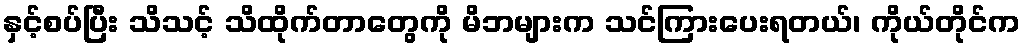
နှင့်စပ်ပြီး သိသင့် သိထိုက်တာတွေကို မိဘများက သင်ကြားပေးရတယ်၊ ကိုယ်တိုင်က